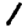
Digit: 1